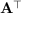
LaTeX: \mathbf { A } ^ { \top }